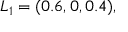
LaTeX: L _ { 1 } = ( 0 . 6 , 0 , 0 . 4 ) ,